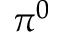
\pi ^ { 0 }